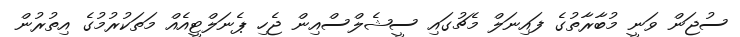
ސުޖަން ވަނީ މުބާރާތުގެ ފައިނަލް މެޗުގައި ސީޝެލްސްއިން ޖެހި ޕެނަލްޓީއެއް މަތަކުރުމުގެ އިތުރުން